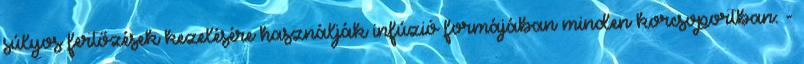
súlyos fertőzések kezelésére használják infúzió formájában minden korcsoportban: -